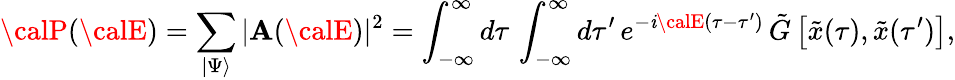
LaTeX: {\calP}({\calE})=\sum_{\vert\Psi\rangle}\vert{\cal\mathbf{A}}({\calE})\vert^{2}=\int_{-\infty}^{\infty}d\tau\, \int_{-\infty}^{\infty}d\tau^{\prime}\, e^{-\mathit{i}{\calE}(\tau-\tau^{\prime})}\, {\tilde{{G}}}\left[{\tilde{{x}}}(\tau),{\tilde{{x}}}(\tau^{\prime})\right],